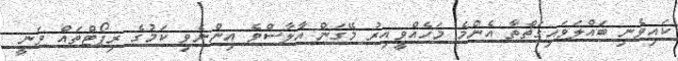
ކައިވެނި ބައްލަވައިގަތްތާ އެންމެ މަހެއްވީއިރު މޭގަން އާލާސްވެ އިންނެވި ކަމުގެ ރިޕޯޓްތައް ވަނީ